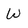
Character: W